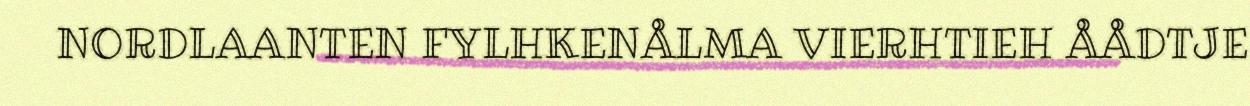
NORDLAANTEN FYLHKENÅLMA VIERHTIEH ÅÅDTJE